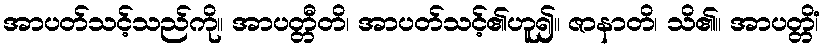
အာပတ်သင့်သည်ကို။ အာပတ္တီတိ၊ အာပတ်သင့်၏ဟူ၍။ ဇာနာတိ၊ သိ၏။ အာပတ္တိံ၊